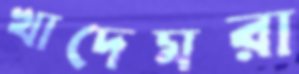
খাদেমরা